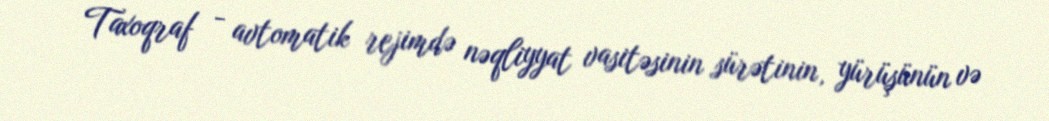
Taxoqraf - avtomatik rejimdə nəqliyyat vasitəsinin sürətinin, yürüşünün və